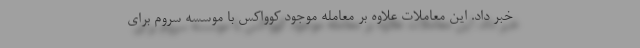
خبر داد. این معاملات علاوه بر معامله موجود کوواکس با موسسه سروم برای